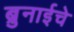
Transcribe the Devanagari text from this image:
ब्रुनाईचे